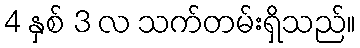
4 နှစ် 3 လ သက်တမ်းရှိသည်။